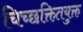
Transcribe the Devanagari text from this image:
चिच्छक्तितयुक्त